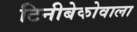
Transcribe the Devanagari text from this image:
टिनीबेकोवाला